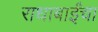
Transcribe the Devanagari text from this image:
राधाबाईंचा